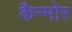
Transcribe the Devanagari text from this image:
कैन्मोर